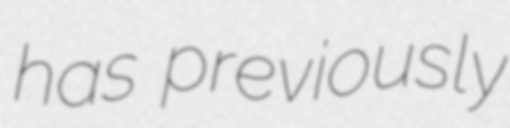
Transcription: has previously